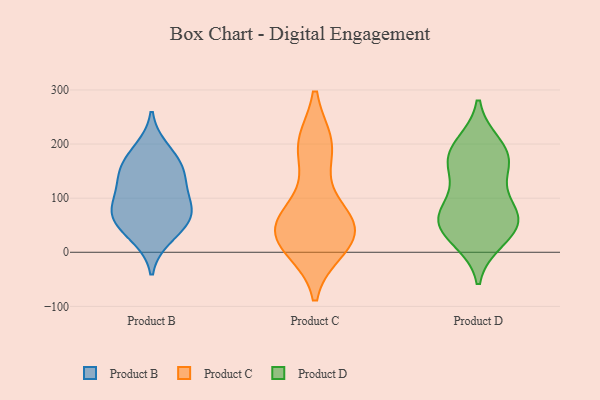
{"axis": {"x": "Website Visitors", "y": "Value"}, "legend": ["Product B", "Product C", "Product D"], "data": [{"x": "", "y": 67, "type": "Product B"}, {"x": "", "y": 28, "type": "Product B"}, {"x": "", "y": 168, "type": "Product B"}, {"x": "", "y": 123, "type": "Product B"}, {"x": "", "y": 140, "type": "Product B"}, {"x": "", "y": 83, "type": "Product B"}, {"x": "", "y": 86, "type": "Product B"}, {"x": "", "y": 70, "type": "Product B"}, {"x": "", "y": 150, "type": "Product B"}, {"x": "", "y": 45, "type": "Product B"}, {"x": "", "y": 190, "type": "Product B"}, {"x": "", "y": 36, "type": "Product C"}, {"x": "", "y": 74, "type": "Product C"}, {"x": "", "y": 30, "type": "Product C"}, {"x": "", "y": 198, "type": "Product C"}, {"x": "", "y": 48, "type": "Product C"}, {"x": "", "y": 35, "type": "Product C"}, {"x": "", "y": 198, "type": "Product C"}, {"x": "", "y": 19, "type": "Product C"}, {"x": "", "y": 10, "type": "Product C"}, {"x": "", "y": 72, "type": "Product C"}, {"x": "", "y": 194, "type": "Product C"}, {"x": "", "y": 165, "type": "Product D"}, {"x": "", "y": 43, "type": "Product D"}, {"x": "", "y": 66, "type": "Product D"}, {"x": "", "y": 72, "type": "Product D"}, {"x": "", "y": 83, "type": "Product D"}, {"x": "", "y": 24, "type": "Product D"}, {"x": "", "y": 160, "type": "Product D"}, {"x": "", "y": 198, "type": "Product D"}, {"x": "", "y": 68, "type": "Product D"}, {"x": "", "y": 161, "type": "Product D"}, {"x": "", "y": 190, "type": "Product D"}, {"x": "", "y": 38, "type": "Product D"}]}